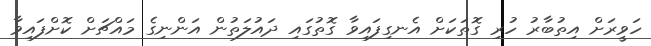
ހަވީރަށް އިތުބާރު ހުރި ގޮތަކަށް އެނގިފައިވާ ގޮތުގައި ދައުލަތުން އަންނިގެ މައްޗަށް ކޮށްފައިވާ